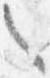
々